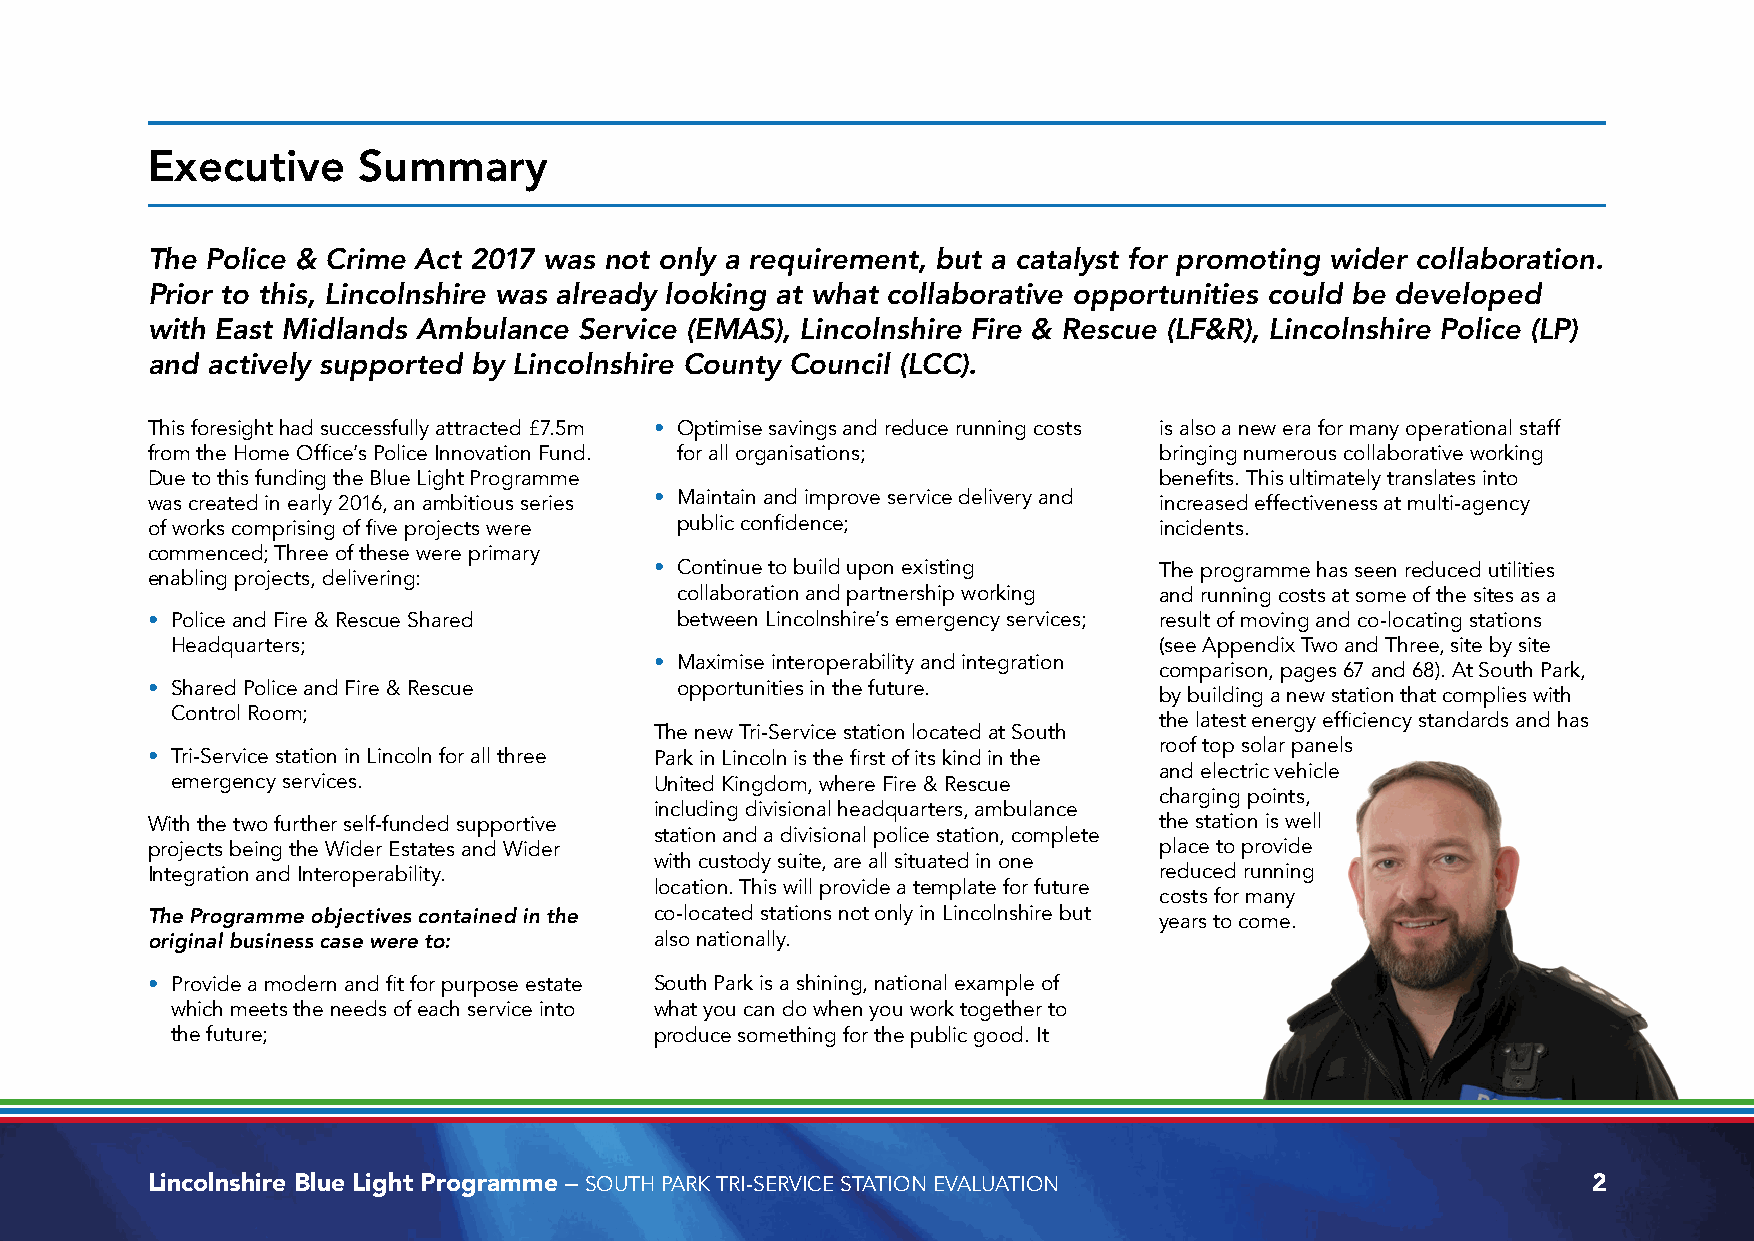
Executive     Summary
 The Police & Crime Act 2017 was not only a requirement, but a catalyst for promoting wider collaboration.
 Prior to this, Lincolnshire was already looking at what collaborative opportunities could be developed
 with East Midlands Ambulance Service (EMAS), Lincolnshire Fire & Rescue (LF&R), Lincolnshire Police (LP)
 and actively supported by Lincolnshire County Council (LCC).
 This foresight had successfully attracted £7.5m • Optimise savings and reduce running costs is also a new era for many operational staff
 from the Home Office’s Police Innovation Fund. for all organisations; bringing numerous collaborative working
 Due to this funding the Blue Light Programme                       benefits. This ultimately translates into
 was created in early 2016, an ambitious series • Maintain and improve service delivery and increased effectiveness at multi-agency
 of works comprising of five projects were public confidence;       incidents.
 commenced; Three of these were primary
 • Continue to build upon existing The programme has seen reduced utilities
 enabling projects, delivering:
 collaboration and partnership working and running costs at some of the sites as a
 • Police and Fire & Rescue Shared  between Lincolnshire’s emergency services; result of moving and co-locating stations
 Headquarters;                                                     (see Appendix Two and Three, site by site
 • Maximise interoperability and integration
 comparison, pages 67 and 68). At South Park,
 • Shared Police and Fire & Rescue  opportunities in the future.
 by building a new station that complies with
 Control Room;
 the latest energy efficiency standards and has
 The new Tri-Service station located at South
 roof top solar panels
 • Tri-Service station in Lincoln for all three Park in Lincoln is the first of its kind in the
 and electric vehicle
 emergency services.             United Kingdom, where Fire & Rescue
 charging points,
 including divisional headquarters, ambulance
 With the two further self-funded supportive                        the station is well
 station and a divisional police station, complete
 projects being the Wider Estates and Wider                         place to provide
 with custody suite, are all situated in one
 Integration and Interoperability.                                  reduced running
 location. This will provide a template for future
 costs for many
 The Programme objectives contained in the co-located stations not only in Lincolnshire but years to come.
 original business case were to:  also nationally.
 • Provide a modern and fit for purpose estate South Park is a shining, national example of
 which meets the needs of each service into what you can do when you work together to
 the future;                     produce something for the public good. It
 Lincolnshire Blue Light Programme – SOUTH PARK TRI-SERVICE STATION EVALUATION                  2